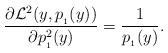
LaTeX: \begin{align*}\frac{\partial \mathcal{L}^2 (y, p_{_1}(y))}{\partial p_{_1}^2(y)} = \frac{1}{p_{_1}(y)}.\end{align*}